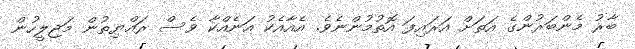
ބާރު މެންބަރުންގެ އަތަށް އަރައިފަ އޮތުމުންނެވެ. އެއާއެކު އަނެއްކާ ވެސް ރައްޔިތުން މަޖިލީހުން